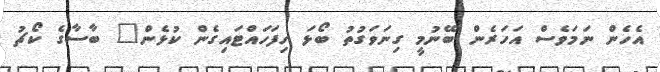
އެހެން ނަމަވެސް އަހަރެން ބޭނުމީ ގިނަވަގުތު ބޯޅަ ހިފަހައްޓައިގެން ކުޅެން" ބާސާގެ ކޯޗު